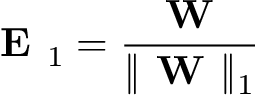
\textbf { E } _ { 1 } = \frac { \textbf { W } } { \Vert \textbf { W } \Vert _ { 1 } }